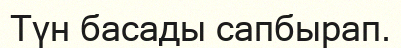
Түн басады сапбырап.